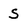
Character: S